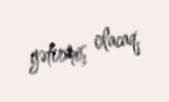
gətirmiş olacaq.